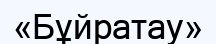
«Бұйратау»